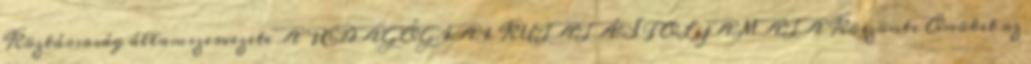
Köztársaság államszervezete A PEDAGÓGIAI KUTATÁS FOLYAMATA Köszönti Önöket az